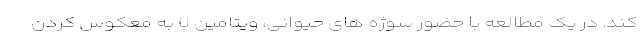
کند. در یک مطالعه با حضور سوژه های حیوانی، ویتامین U به معکوس کردن